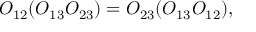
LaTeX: O _ { 1 2 } ( O _ { 1 3 } O _ { 2 3 } ) = O _ { 2 3 } ( O _ { 1 3 } O _ { 1 2 } ) ,